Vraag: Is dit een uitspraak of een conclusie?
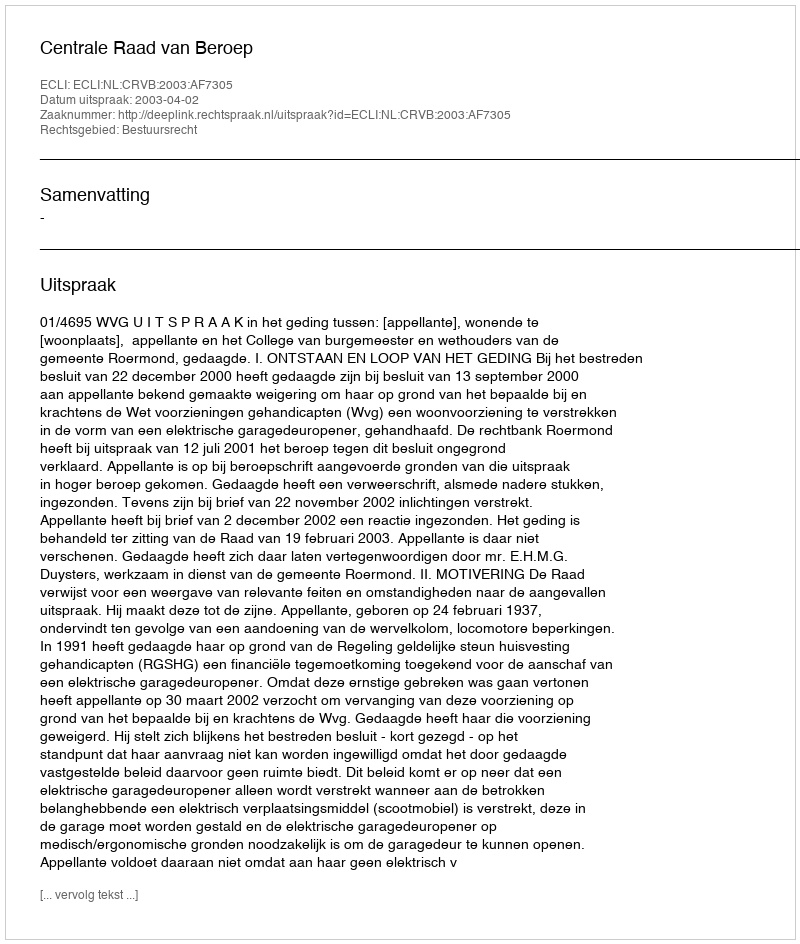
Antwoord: Uitspraak